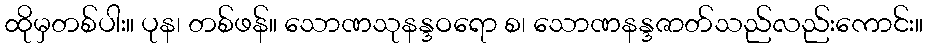
ထိုမှတစ်ပါး။ ပုန၊ တစ်ဖန်။ သောဏသုနန္ဒဝရော စ၊ သောဏနန္ဒဇာတ်သည်လည်းကောင်း။